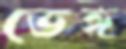
ভেঙ্গ